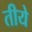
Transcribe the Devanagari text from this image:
तीये